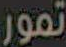
تمور